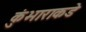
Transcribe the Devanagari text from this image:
कुंभाराकडे